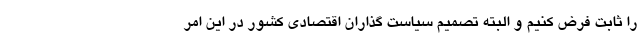
را ثابت فرض کنیم و البته تصمیم سیاست گذاران اقتصادی کشور در این امر